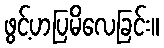
ဖွင့်ဟပြမိလေခြင်း။